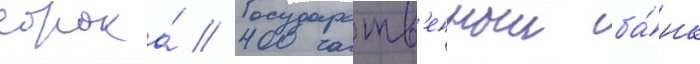
сорока́ // Государств'енныи ба́нк